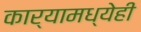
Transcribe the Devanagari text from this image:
कार्यामध्येही